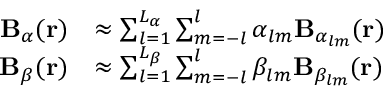
\begin{array} { r l } { \mathbf { B } _ { \alpha } ( \mathbf { r } ) } & { \approx \sum _ { l = 1 } ^ { L _ { \alpha } } \sum _ { m = - l } ^ { l } \alpha _ { l m } \mathbf { B } _ { \alpha _ { l m } } ( \mathbf { r } ) } \\ { \mathbf { B } _ { \beta } ( \mathbf { r } ) } & { \approx \sum _ { l = 1 } ^ { L _ { \beta } } \sum _ { m = - l } ^ { l } \beta _ { l m } \mathbf { B } _ { \beta _ { l m } } ( \mathbf { r } ) } \end{array}